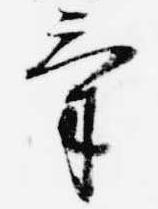
気